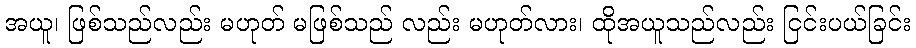
အယူ၊ ဖြစ်သည်လည်း မဟုတ် မဖြစ်သည် လည်း မဟုတ်လား၊ ထိုအယူသည်လည်း ငြင်းပယ်ခြင်း